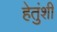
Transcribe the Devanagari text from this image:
हेतुंशी